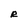
Character: R